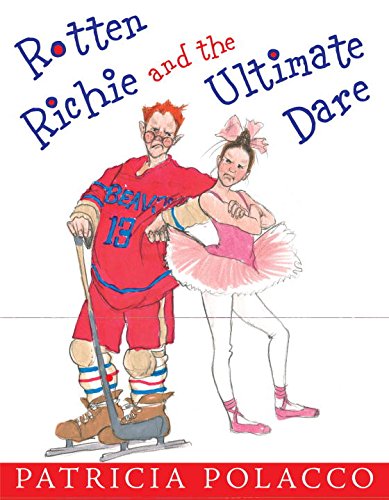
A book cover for Rotten Richie and the Ultimate Dare; Patricia Polacco; Children's Books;